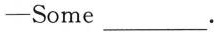
——Some ___.